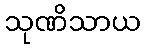
သုဏိသာယ